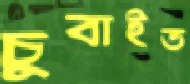
চুবাইত